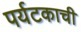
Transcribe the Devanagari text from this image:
पर्यटकाची